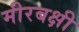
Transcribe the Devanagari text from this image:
मीरबक्षी